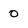
Character: 0